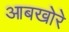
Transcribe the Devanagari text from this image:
आबखोरे